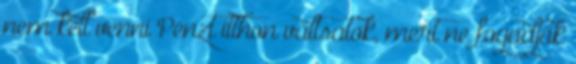
nem kell venni Pénzt itthon váltsatok, mert ne fogadják